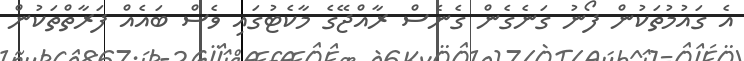
އެ ގައުމުތަކުން ފޯނު ގަނެގެން ގެނެސް ރާއްޖޭގެ މާކެޓުގައި ވެސް ބައެއް ފަރާތްތަކުން